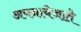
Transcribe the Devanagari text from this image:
अपनायेजाते